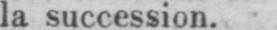
la succession.